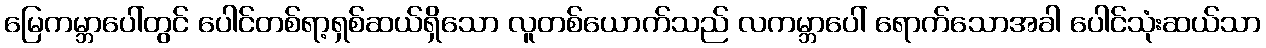
မြေကမ္ဘာပေါ်တွင် ပေါင်တစ်ရာ့ရှစ်ဆယ်ရှိသော လူတစ်ယောက်သည် လကမ္ဘာပေါ် ရောက်သောအခါ ပေါင်သုံးဆယ်သာ